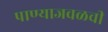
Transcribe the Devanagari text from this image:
पाण्याजवळची